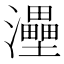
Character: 灅